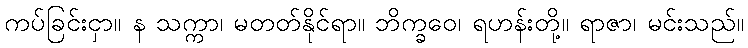
ကပ်ခြင်းငှာ။ န သက္ကာ၊ မတတ်နိုင်ရာ။ ဘိက္ခဝေ၊ ရဟန်းတို့။ ရာဇာ၊ မင်းသည်။